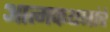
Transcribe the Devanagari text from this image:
आत्मकथनांचे